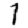
Digit: 1